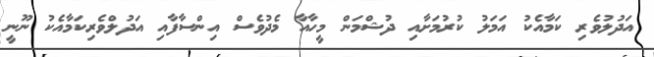
އަދުލުވެރި ކަމާއެކު އަމަލު ކުރުމަށާއި ދުޝްމަން މީހާއާ މެދުވެސް އިންސާފާއި އަދުލްވެރިކަމާއެކު ނޫނީ